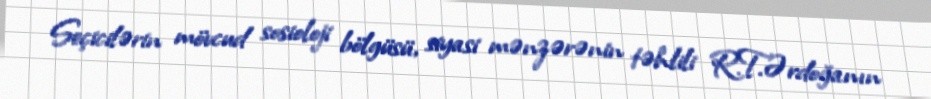
Seçicilərin mövcud sosioloji bölgüsü, siyasi mənzərənin təhlili R.T.Ərdoğanın